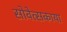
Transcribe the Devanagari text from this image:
सोवेत्सकाया